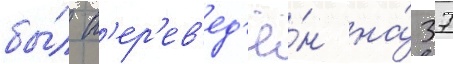
бы́л п'ер'ев'ед'ё́н на́ 37